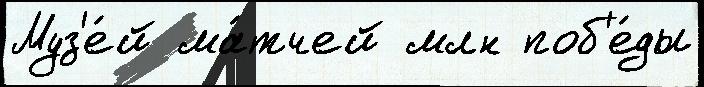
Муз'е́й ма́тчей млн поб'е́ды